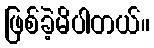
ဖြစ်ခဲ့မိပါတယ်။